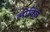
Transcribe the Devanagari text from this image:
लोविज़